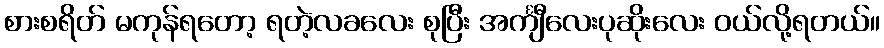
စားစရိတ် မကုန်ရတော့ ရတဲ့လခလေး စုပြီး အင်္ကျီလေးပုဆိုးလေး ဝယ်လို့ရတယ်။